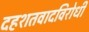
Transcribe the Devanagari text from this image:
दहशतवादविरोधी